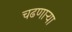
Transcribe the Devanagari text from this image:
चढणार्‍या